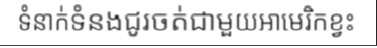
ទំនាក់ទំនងជូរចត់ជាមួយអាមេរិកខ្វះ